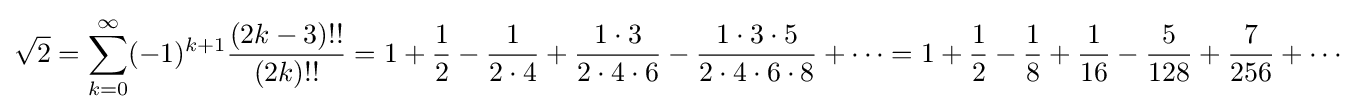
{\sqrt {2}}=\sum _{k=0}^{\infty }(-1)^{k+1}{\frac {(2k-3)!!}{(2k)!!}}=1+{\frac {1}{2}}-{\frac {1}{2\cdot 4}}+{\frac {1\cdot 3}{2\cdot 4\cdot 6}}-{\frac {1\cdot 3\cdot 5}{2\cdot 4\cdot 6\cdot 8}}+\cdots =1+{\frac {1}{2}}-{\frac {1}{8}}+{\frac {1}{16}}-{\frac {5}{128}}+{\frac {7}{256}}+\cdots